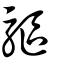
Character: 敺